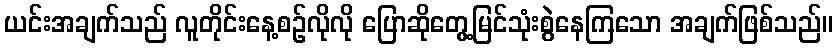
ယင်းအချက်သည် လူတိုင်းနေ့စဉ်လိုလို ပြောဆိုတွေ့မြင်သုံးစွဲနေကြသော အချက်ဖြစ်သည်။